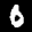
Label: 0